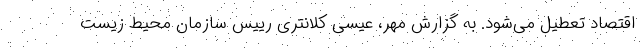
اقتصاد تعطیل می‌شود. به گزارش مهر، عیسی کلانتری رییس سازمان محیط زیست